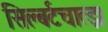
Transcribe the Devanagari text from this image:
सिल्बर्टचात्झ